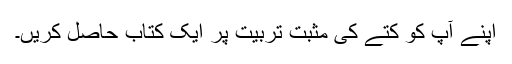
اپنے آپ کو کتے کی مثبت تربیت پر ایک کتاب حاصل کریں۔